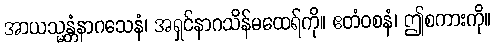
အာယသ္မန္တံနာဂသေနံ၊ အရှင်နာဂသိန်မထေရ်ကို။ ဧတံဝစနံ၊ ဤစကားကို။